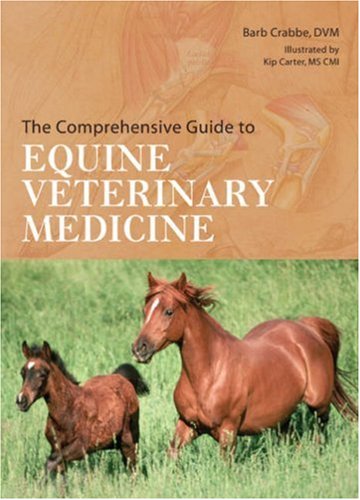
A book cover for The Comprehensive Guide to Equine Veterinary Medicine; Barb Crabbe DVM; Medical Books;